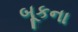
બૂકના